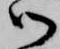
御